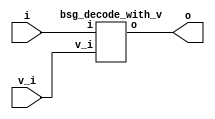
// This program was cloned from: https://github.com/chipsalliance/UHDM-integration-tests
// License: Apache License 2.0



module top
(
  i,
  v_i,
  o
);

  input [3:0] i;
  output [15:0] o;
  input v_i;

  bsg_decode_with_v
  wrapper
  (
    .i(i),
    .o(o),
    .v_i(v_i)
  );


endmodule



module bsg_decode_num_out_p16
(
  i,
  o
);

  input [3:0] i;
  output [15:0] o;
  wire [15:0] o;
  assign o = { 1'b0, 1'b0, 1'b0, 1'b0, 1'b0, 1'b0, 1'b0, 1'b0, 1'b0, 1'b0, 1'b0, 1'b0, 1'b0, 1'b0, 1'b0, 1'b1 } << i;

endmodule



module bsg_decode_with_v
(
  i,
  v_i,
  o
);

  input [3:0] i;
  output [15:0] o;
  input v_i;
  wire [15:0] o,lo;

  bsg_decode_num_out_p16
  bd
  (
    .i(i),
    .o(lo)
  );

  assign o[15] = v_i & lo[15];
  assign o[14] = v_i & lo[14];
  assign o[13] = v_i & lo[13];
  assign o[12] = v_i & lo[12];
  assign o[11] = v_i & lo[11];
  assign o[10] = v_i & lo[10];
  assign o[9] = v_i & lo[9];
  assign o[8] = v_i & lo[8];
  assign o[7] = v_i & lo[7];
  assign o[6] = v_i & lo[6];
  assign o[5] = v_i & lo[5];
  assign o[4] = v_i & lo[4];
  assign o[3] = v_i & lo[3];
  assign o[2] = v_i & lo[2];
  assign o[1] = v_i & lo[1];
  assign o[0] = v_i & lo[0];

endmodule